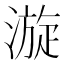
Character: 漩